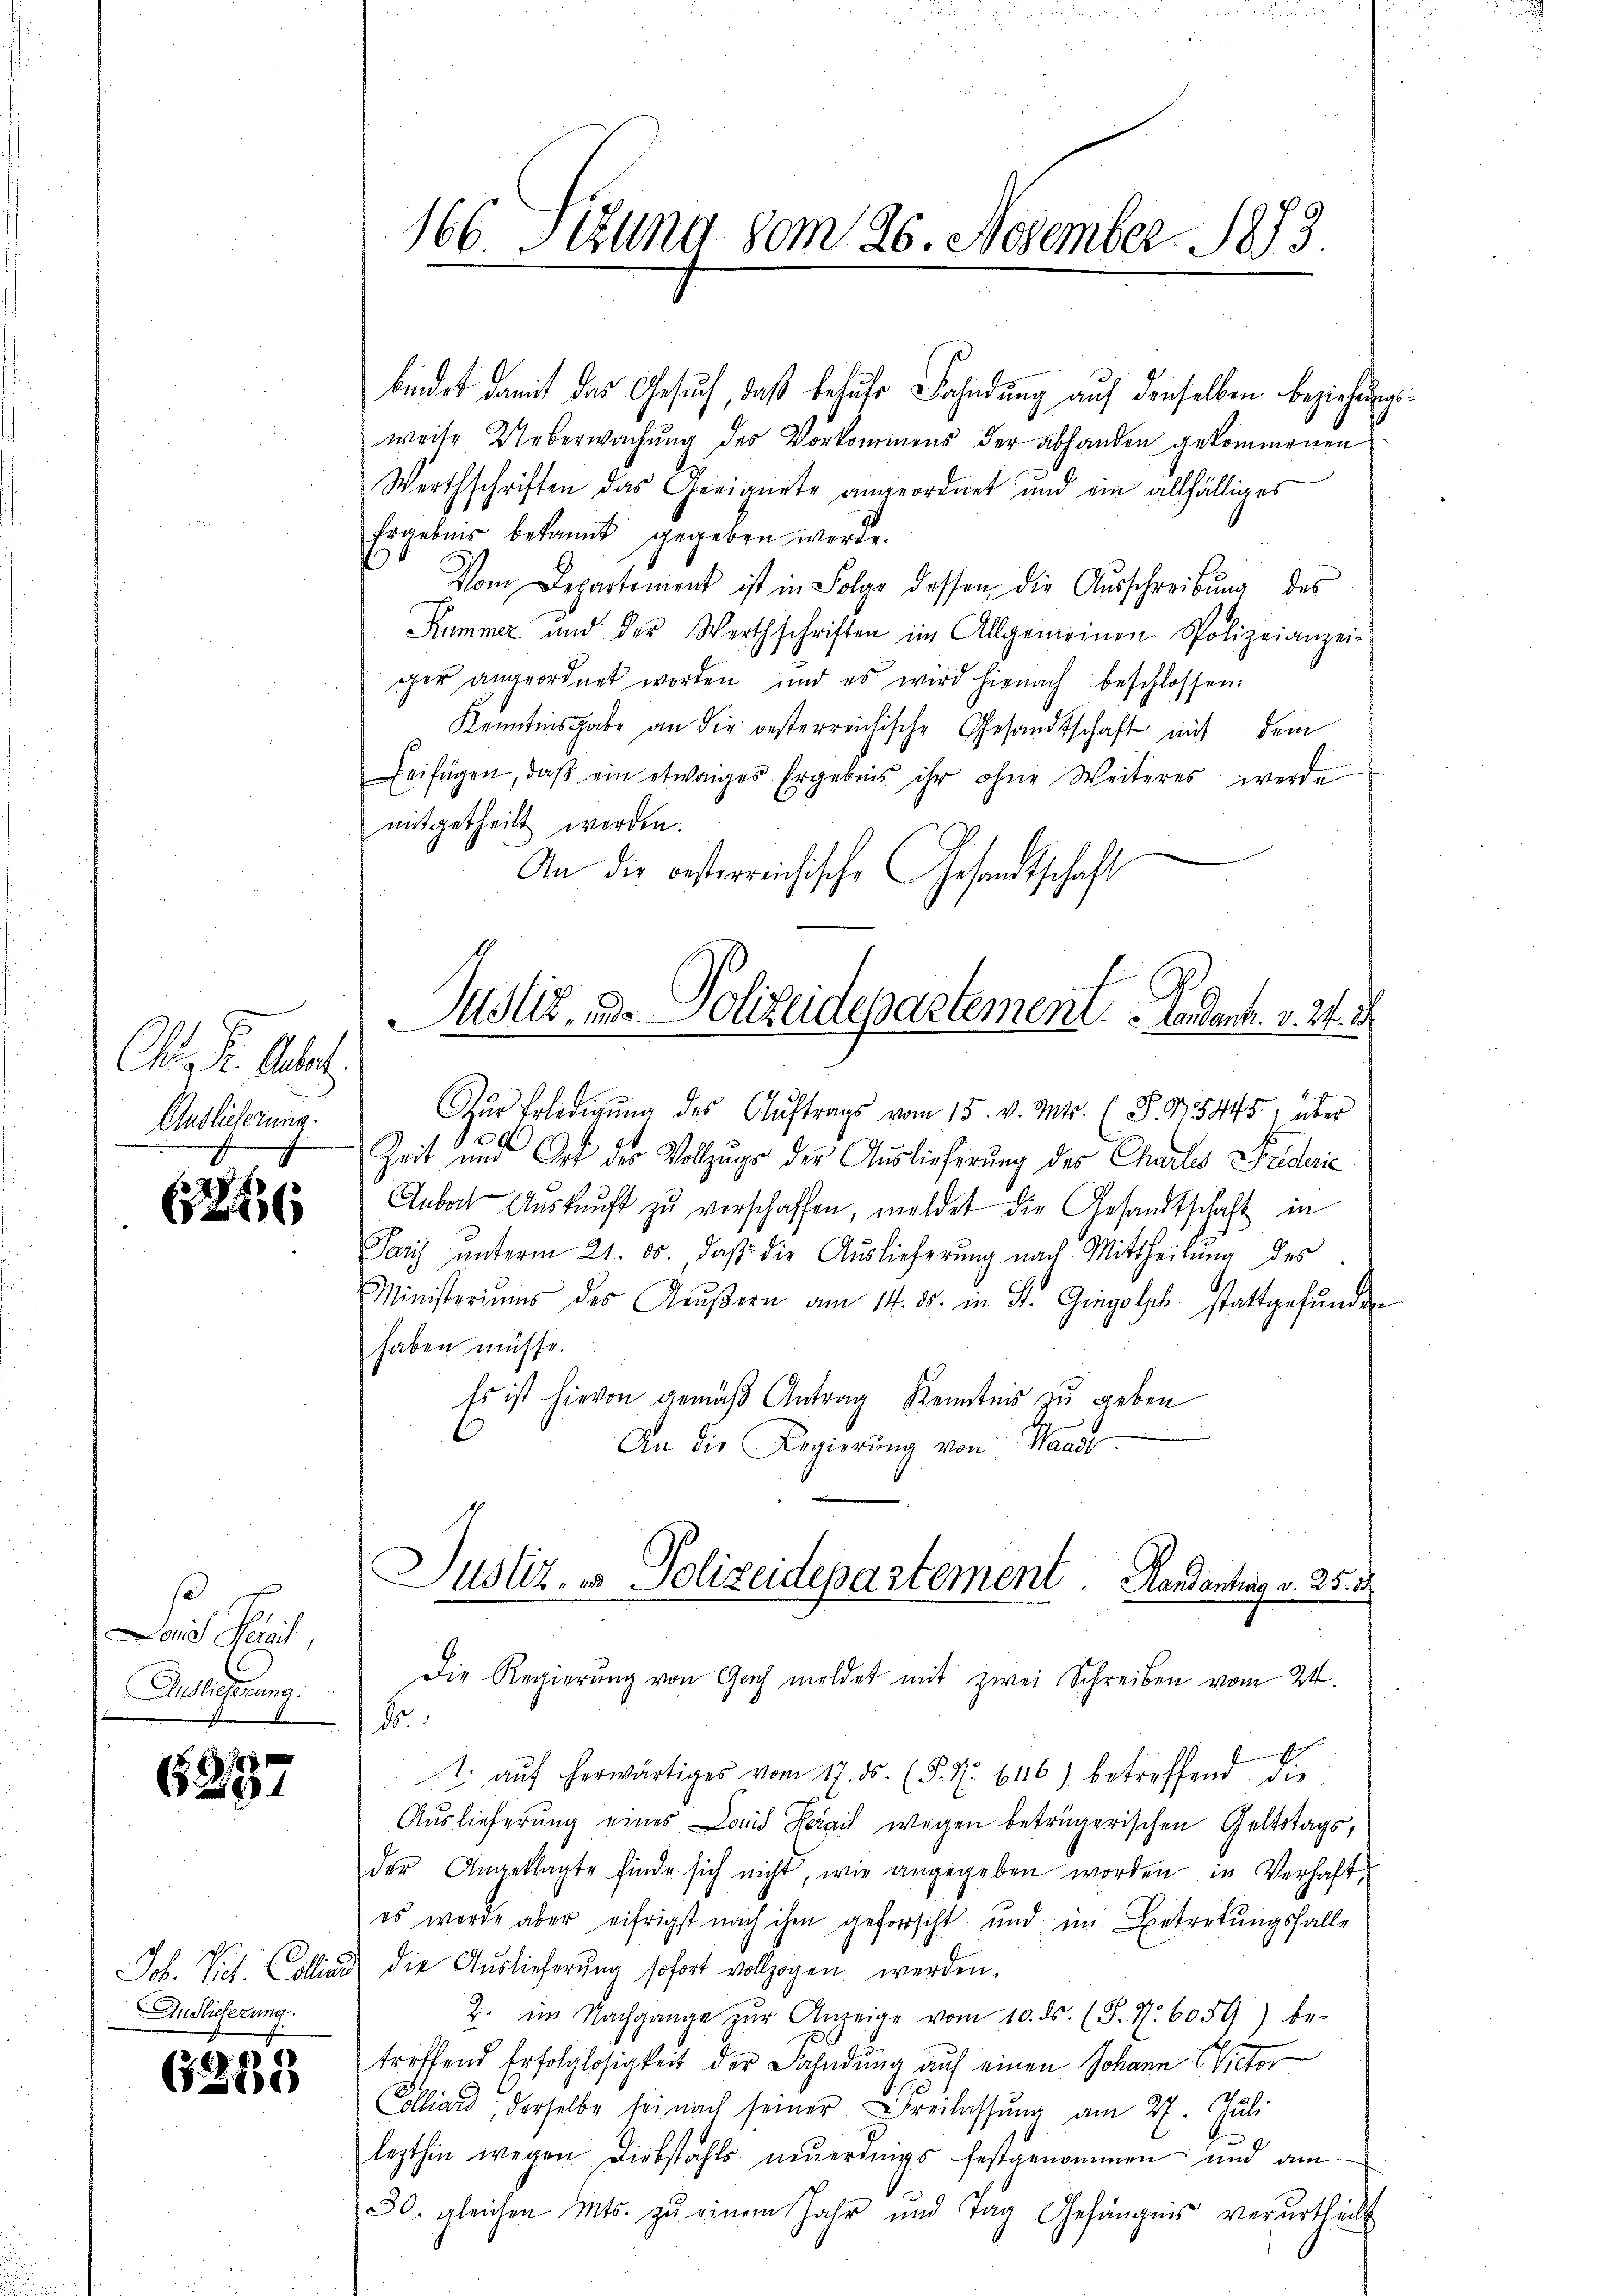
Chr. f. Aber
Andlicherung.

(1246

Lois Kreis,
Auslieferung.

6237

Auslieferung.

6289

166 Stund vom 26. November 1873

bindet damit das Gesuch, daß behufe Fahndung auf denselben Beziehungsweise Ueberwachung des Vorkommens der abhanden gekommenen
Werthschriften das Geeignete angeordnet und ein allfälliges
Ergebnis bekannt gegeben werde.
Vom Departement ist in Folge dessen die Ausschreibung des
Kummer und der Werthschriften im Allgemeinen Polizeianzei-
ger angeordnet worden und es wird hienach beschlossen:
Kenntnisgabe an die gesterreichische Gesandtschaft mit dem
Beifügen, daβ ein etwaiges Ergebnis ihr ohne Weiteres werde
mitgetheilt werden.
An die besterreichische Gesandtschaft

Anbach Auskunft zŭ verschaffen, meldet die Gesandtschaft in
Paris ŭnterm 21. ds., daβ die Auslieferung nach Mittheilung des
Ministeriums des Aŭβern am 14. ds. in St. Gingolk stattgefŭnden
haben müsse.
Es ist hievon gemäß Antrag Kenntnis zu geben
An die Regierŭng von Waadt

Zŭr Erledigŭng des Aŭftrags vom 15. v. Mts. (§. 15445, über
Zeit und Ort des Vollzugs der Auslieferung der Charlos Federic

Justiz- u. Polizeidepartement. Landant. v. 24. d.

Justiz- & Polizeidepartement. Handantrag v. 25. 5

Die Regierung von Gach meldet mit zwei Schreiben vom 24.
d
1. aŭf herwärtiges vom 17. ds. (§. 7. 6116) betreffend die
Auslieferung eines David Sarail wegen betrügerischen Geltstags,
der Angeklagte finde sich nicht, wie angegeben worden in Verhaft-
es werde aber eifrigst nach ihm geforscht und im Betretungsfalle
Job. Vict. Collind die Auslieferung sofort vollzogen werden.
2. im Nachgange zŭr Anzeige vom 10. ds. (T. N. 6059) be-
troffend Erfolglosigkeit der Fahndung auf einen Johann Victor
olliard derselbe sei nach seiner Freilassŭng am 27. Juli
lezthin wegen Diebstahls neuerdings festgenommen und am
30. gleichen Mts. zŭ einem Jahr und Tag Gefängens verurtheilt